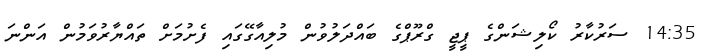
14:35 ސަރުކާރު ކޯލިޝަންގެ ޕީޖީ ގްރޫޕްގެ ބައްދަލުވުން މުލިއާގޭގައި ފެށުމަށް ތައްޔާރުވަމުން އަންނަ